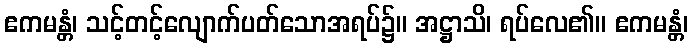
ဧကမန္တံ၊ သင့်တင့်လျောက်ပတ်သောအရပ်၌။ အဋ္ဌာသိ၊ ရပ်လေ၏။ ဧကမန္တံ၊